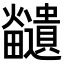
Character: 𪺊